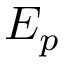
E _ { p }